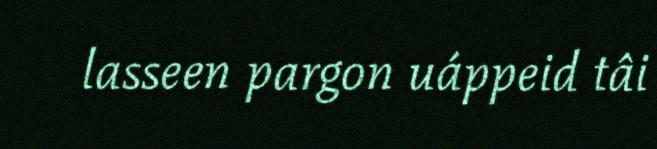
lasseen pargon uáppeid tâi